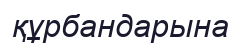
құрбандарына